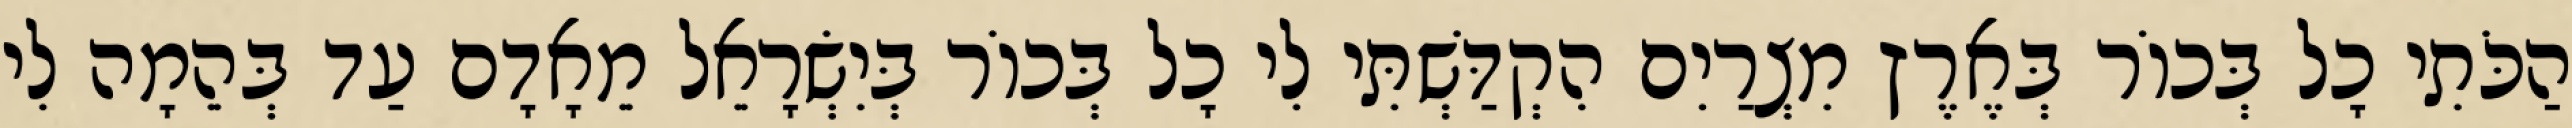
הַכֹּתִי כָל בְּכוֹר בְּאֶרֶץ מִצְרַיִם הִקְדַּשְׁתִּי לִי כָל בְּכוֹר בְּיִשְׂרָאֵל מֵאָדָם עַד בְּהֵמָה לִי